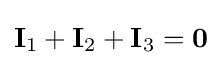
\mathbf {I} _{1}+\mathbf {I} _{2}+\mathbf {I} _{3}=\mathbf {0}